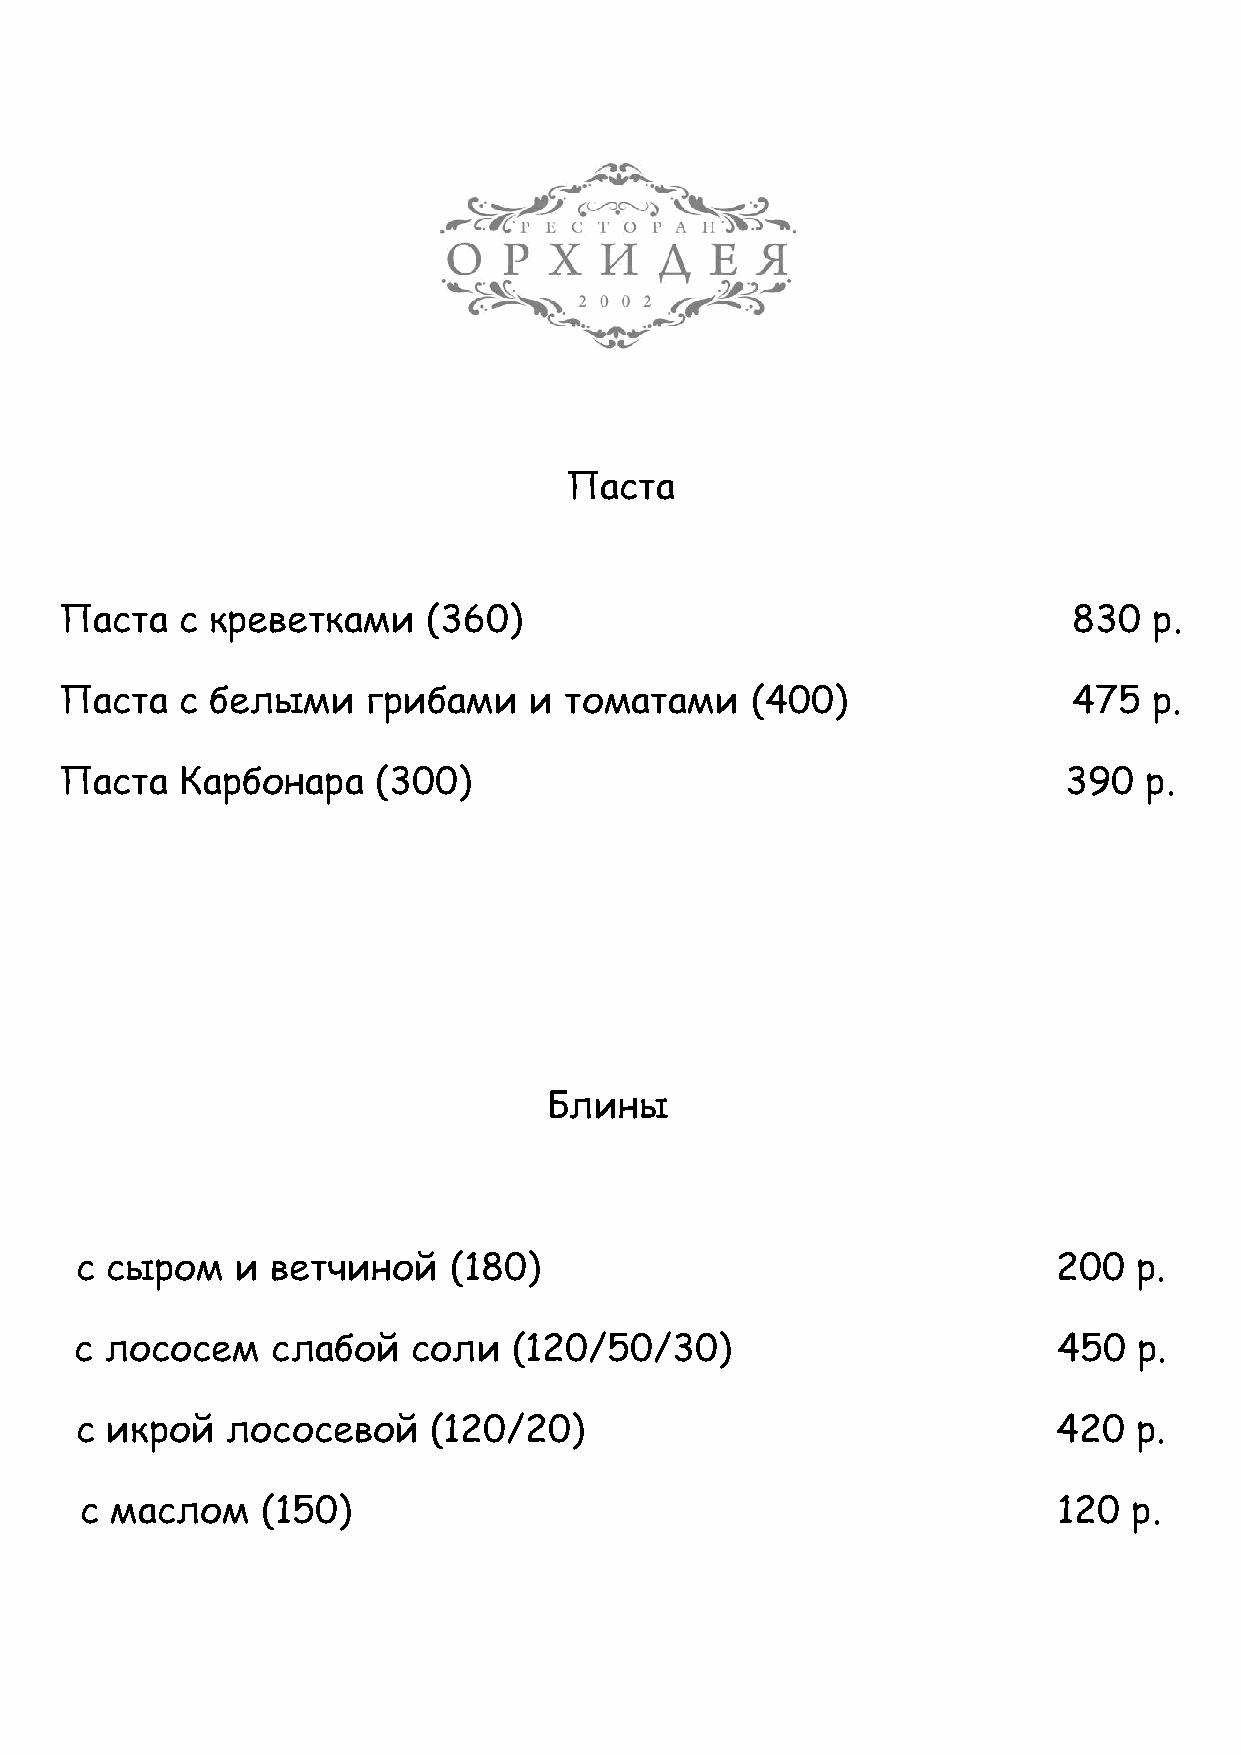
Паста
 Паста   с креветками    (360)                                      830  р.
 Паста   с белыми    грибами    и томатами     (400)                475  р.
 Паста   Карбонара    (300)                                        390   р.
 Блины
 с сыром    и ветчиной    (180)                                   200  р.
 с лососем    слабой   соли   (120/50/30)                         450  р.
 с икрой   лососевой    (120/20)                                  420  р.
 с маслом    (150)                                                120  р.